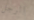
الرجل